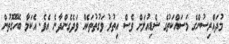
މުދައްރިސުންގެ މަސައްކަތުގެ ޝެޑިއުލަށް ވެސް އިތުރު ވަގުތުތަކެއް ވަދެގެންދާނެ އެވެ. އެކަމާ ބެހޭގޮތުން